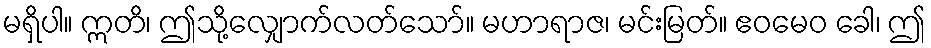
မရှိပါ။ ဣတိ၊ ဤသို့လျှောက်လတ်သော်။ မဟာရာဇ၊ မင်းမြတ်။ ဧဝမေဝ ခေါ၊ ဤ